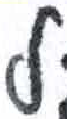
אות: ל